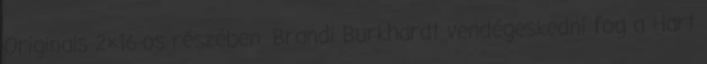
Originals 2×16-os részében. Brandi Burkhardt vendégeskedni fog a Hart